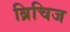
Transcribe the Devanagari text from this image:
ब्रिचिज